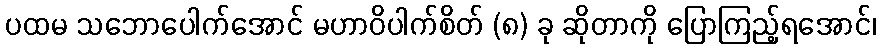
ပထမ သဘောပေါက်အောင် မဟာဝိပါက်စိတ် (၈) ခု ဆိုတာကို ပြောကြည့်ရအောင်၊